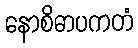
နောစိဓာပကတံ